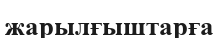
жарылғыштарға